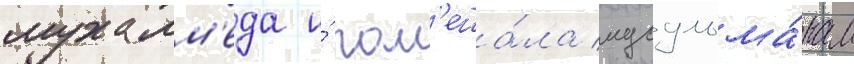
мухамм'еда и́ пом'еша́ла мусульма́нам